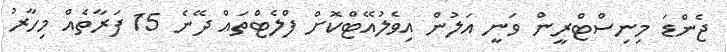
ޖެންޑަ މިނިސްޓްރީން ވަނީ އަލުން އިވެލުއޭޓްކޮށް ފްލެޓްތައް ދޭނެ 15 ފަރާތެއް މިހާރު